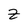
Character: Z